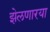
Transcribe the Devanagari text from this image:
झेलणारया